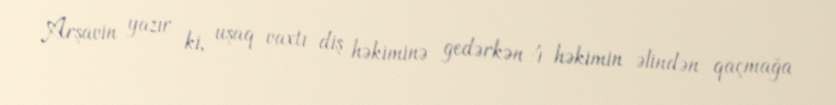
Arşavin yazır ki, uşaq vaxtı diş həkiminə gedərkən 4 həkimin əlindən qaçmağa